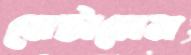
মেটালেম